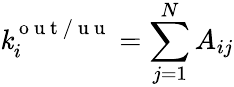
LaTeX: \mathit{k}_{i}^{\mathrm{{~o~u~t~/~u~u~}}}=\sum_{j=1}^{N}A_{ij}